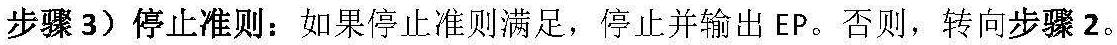
步骤 3）停止准则：如果停止准则满足，停止并输出 EP。否则，转向步骤 2。